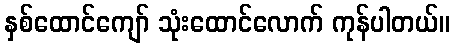
နှစ်ထောင်ကျော် သုံးထောင်လောက် ကုန်ပါတယ်။